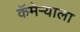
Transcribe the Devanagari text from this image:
कॅमेर्‍याला